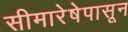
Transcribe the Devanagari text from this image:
सीमारेषेपासून